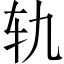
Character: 轨